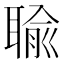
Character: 𦖭